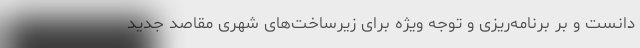
دانست و بر برنامه‌ریزی و توجه ویژه برای زیرساخت‌های شهری مقاصد جدید